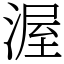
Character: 渥